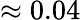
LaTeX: \approx 0.04